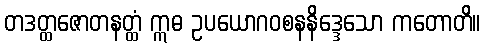
တဒတ္ထဇောတနတ္ထံ ဣဓ ဥပယောဂဝစနနိဒ္ဒေသော ကတောတိ။